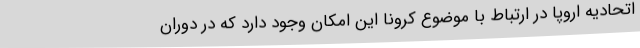
اتحادیه اروپا در ارتباط با موضوع کرونا این امکان وجود دارد که در دوران